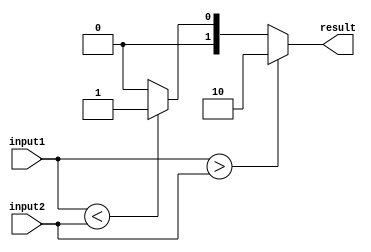
module comparator(input [7:0] input1, input [7:0] input2, output [1:0] result);

    always @(*)
    begin
        if (input1 > input2)
            result = 2'b10; // input1 is greater than input2
        else if (input1 < input2)
            result = 2'b01; // input1 is less than input2
        else
            result = 2'b00; // input1 is equal to input2
    end

endmodule